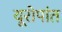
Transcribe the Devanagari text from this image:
यूरोपांत